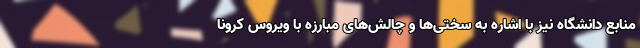
منابع دانشگاه نیز با اشاره به سختی‌ها و چالش‌های مبارزه با ویروس کرونا